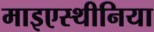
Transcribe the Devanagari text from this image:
माइएस्थीनिया